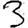
Digit: 3